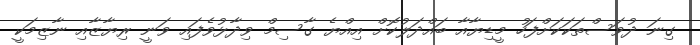
ގިނަ ދުވަސްތަކަކަށްފަހު މީޑިޔާއާ ބައްދަލުކޮށް އިއްޔެ ގާސިމް ވިދާޅުވެފައި ވަނީ ރިޔާޒާއި ނާޒިމަކީ